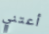
أعتني